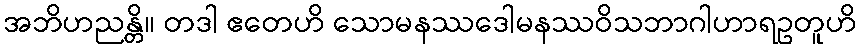
အဘိဟညန္တိ။ တဒါ ဧတေဟိ သောမနဿဒေါမနဿဝိသဘာဂါဟာရဥတူဟိ